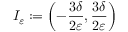
I _ { \ensuremath { \varepsilon } } : = \left( - \frac { 3 \delta } { 2 \ensuremath { \varepsilon } } , \frac { 3 \delta } { 2 \ensuremath { \varepsilon } } \right)